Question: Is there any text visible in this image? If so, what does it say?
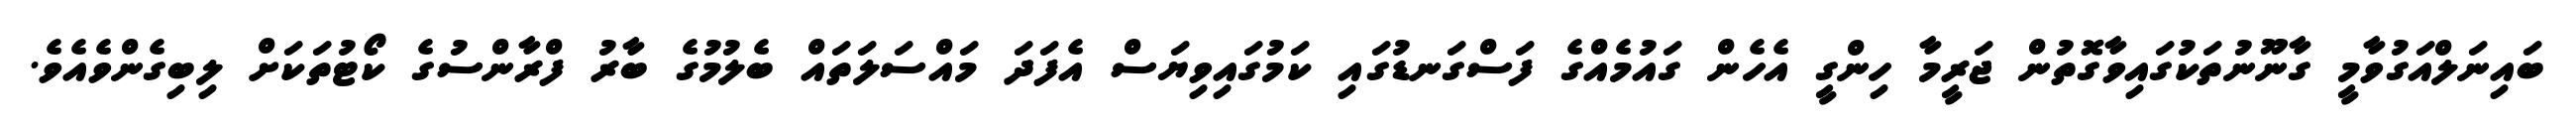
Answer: ބައިނަލްއަގުވާމީ ގާނޫނުތަކުގައިވާގޮތުން ޖަރީމާ ހިންގީ އެހެން ގައުމެއްގެ ފަސްގަނޑުގައި ކަމުގައިވިޔަސް އެފަދަ މައްސަލަތައް ބެލުމުގެ ބާރު ފްރާންސުގެ ކޯޓުތަކަށް ލިބިގެންވެއެވެ.